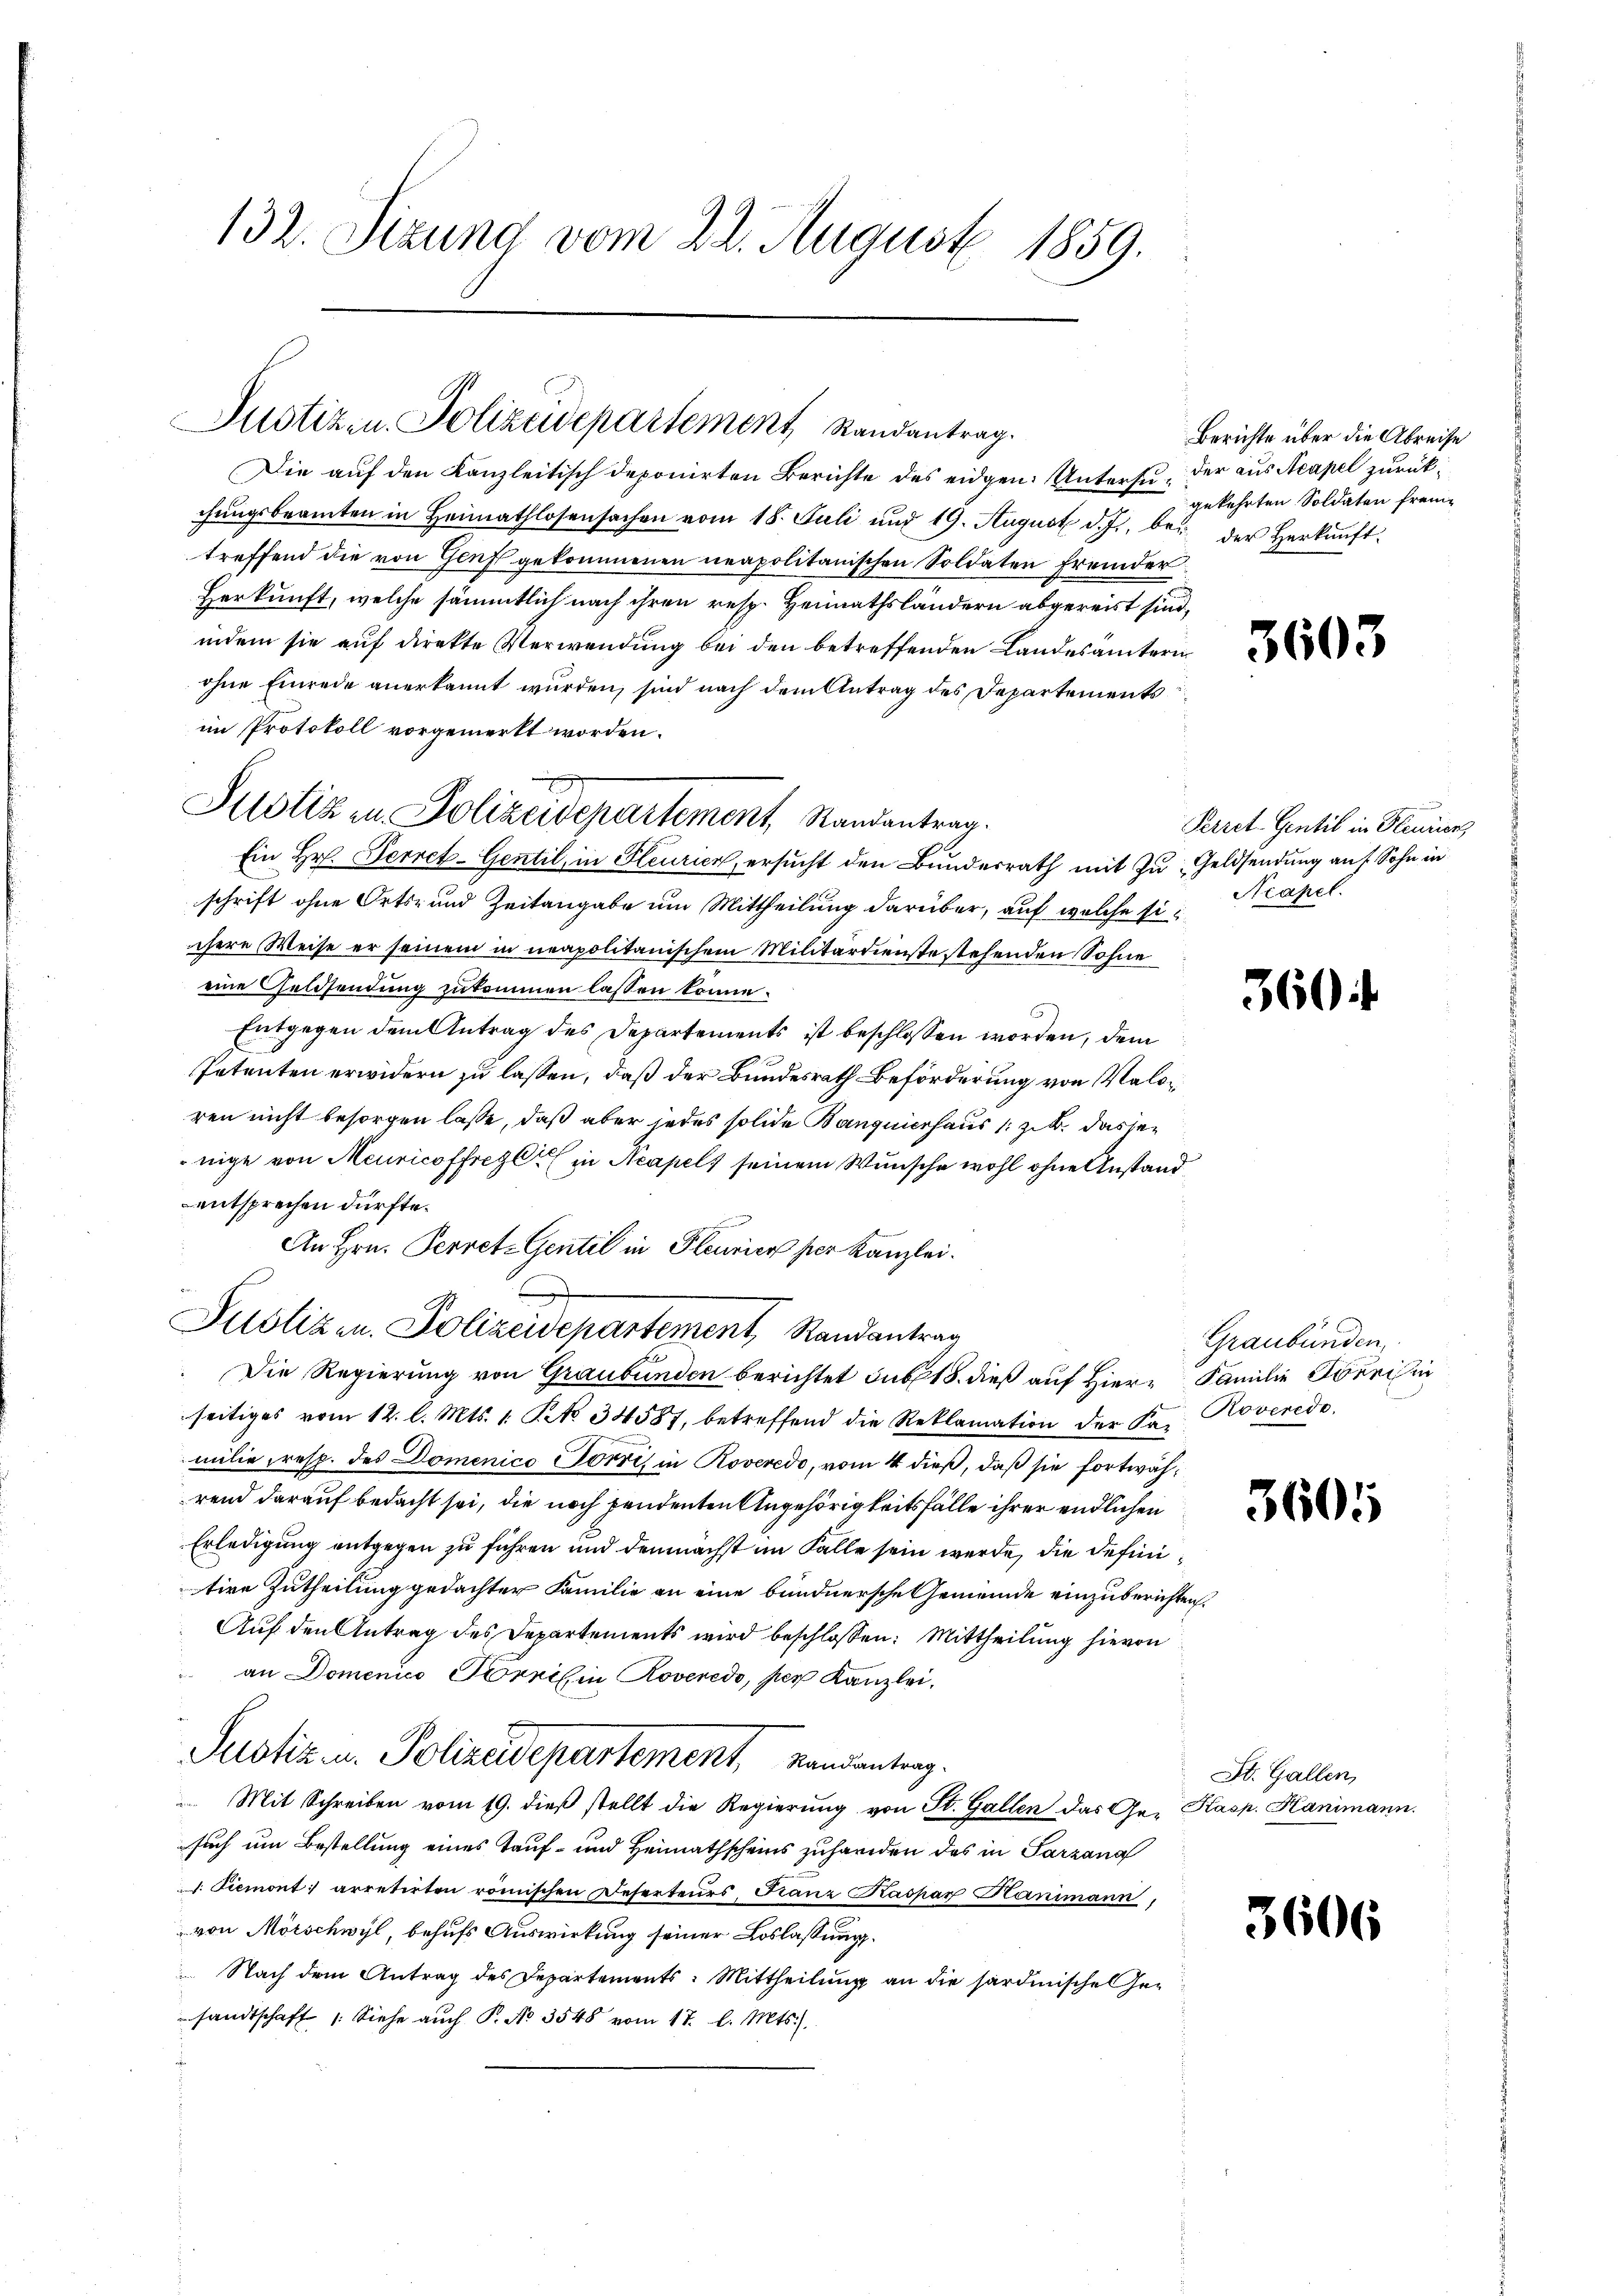
132. Sizung vom 22. August 1859.

Justizen Polizeidepartement Randantrag.

Die auf den Kanzleitisch deponirten Berichte des eidgen. Untersuchŭngsbeamten in Heimathlosensachen vom 18. Juli und 19. August d. J., bei der Herkŭnft-
treffend die von Genf gekommenen neapolitanischen Soldaten fremder
Herkunft, welche sämmtlich nach ihren resp. Heimathsländern abgereist sind,
indem sie auf direkte Verwendung bei den betreffenden Landesamtern
ohne Einrede anerkannt wurden, sind nach dem Antrag des Departements
im Protokoll vorgemerkt worden.
Ein Hr. Ferret-Gentil, in Pleurice, ersucht den Bundesrath mit zu Geldsendung auf Sohn in
schrift ohne Orts- und Zeitangabe um Mittheilung darüber, auf welche si
ihere Weise er seinem in neapolitanischem Militärdienste stehenden Sohne
eine Geldsendung zukommen lassen könne.
Entgegen dem Antrag des Departements ist beschlossen worden, dem
Petenten erwidern zu lassen, daß der Bundesrath Beförderung von Valoren nicht besorgen lasse, daß aber jedes solide Banquierhaus (z. B. das jenige von Meuricoffrez in Neapels seinem Wunsche wohl ohne Anstand
entsprechen dürfte.
o
An Hrn. Perret-Gentil in Pleurier per Kanzlei.
Justizen. Polizeidepartement, Randantrag
Die Regierung von Graubünden berichtet sub 18. dieß auf Hierseitiges vom 12. l. Mts. 1. No 34587, betreffend die Reklamation der Kr. Roverede.
milie resp. des Domenico Pörri in Roveredo, vom 4 dieß, daß sie fortwährend darauf bedacht sei, die noch pendenten Angehörigkeitsfälle ihrer endlichen
Erledigung entgegen zu führen und demnächst im Falle sein werde, die definitive Zutheilung gedachter Familie an eine bundnersche Gemeinde einzuberichten.
Auf den Antrag des Departements wird beschlossen: Mittheilung hievon
an Domenico Tornil in Roveredo, per Kanzlei,
Justiz- u. Polizeidepartement, Landantrag.
Mit Schreiben vom 19. dieß stellt die Regierung von St. Gallen das Ge- Kasp. Kanimann.
such um Bestellung eines Tauf- und Heimathscheins zuhanden das in Parzana
d. Piemont arretirten römischen Reserteurs, Franz Kaspar Hanimann,
von Mörschwyl, behufs Auswirkung seiner Loslassung
Nach dem Antrag des Departements: Mittheilung an die Sardinische Gesandtschaft (Siehe auch P. No 3548 vom 17. l. Mts.)

Justiz in Polizeidepartement, Randantrag.

Berichte über die Abreise
der aus Neapel zurückgekehrten Soldaten frem

3603

Perret-Gentil in Fleurien
Neapel.

360

Graubünden,
Familie Dönnis in

3605

St. Gallen

3606